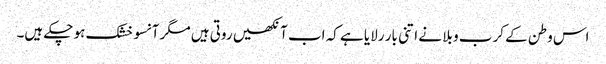
اس وطن کے کرب و بلا نے اتنی بار رلایا ہے کہ اب آنکھیں روتی ہیں مگر آنسو خشک ہو چکے ہیں۔